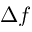
\Delta f